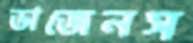
ডাজেনস